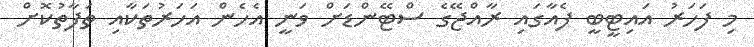
މި ފަހަރު އައިޓީބީ ފެއާގައި ރާއްޖޭގެ ސްޓޭންޑަށް ވަނީ އެހެން އަހަރުތަކާއި ތަފާތުކޮށް